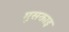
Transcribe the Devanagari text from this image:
मुसकाइ